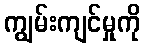
ကျွမ်းကျင်မှုကို